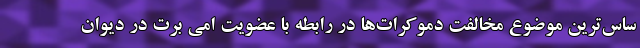
ساس‌ترین موضوع مخالفت دموکرات‌ها در رابطه با عضویت امی برت در دیوان